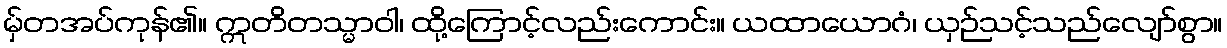
မှ်တအပ်ကုန်၏။ ဣတိတသ္မာဝါ၊ ထို့ကြောင့်လည်းကောင်း။ ယထာယောဂံ၊ ယှဉ်သင့်သည်လျော်စွာ။